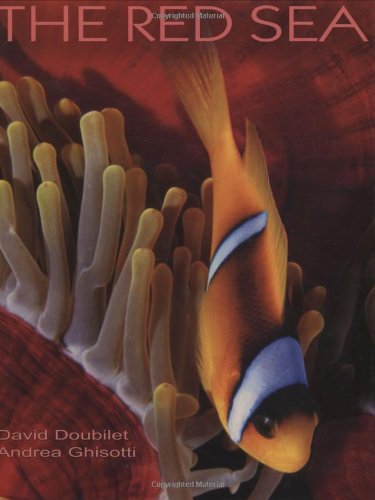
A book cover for The Red Sea; David Doubilet; Travel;